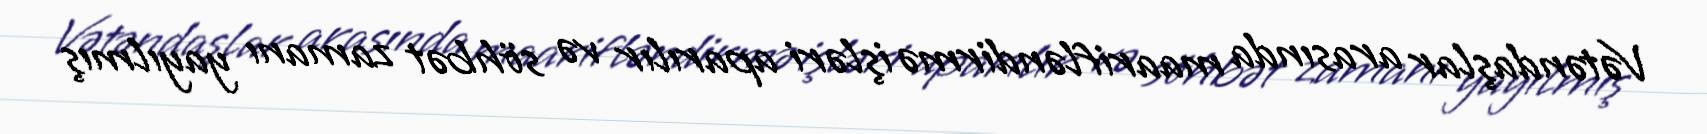
Vətəndaşlar arasında maarifləndirmə işləri aparılır və söhbət zamanı yayılmış